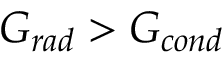
G _ { r a d } > G _ { c o n d }